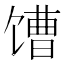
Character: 𩠎